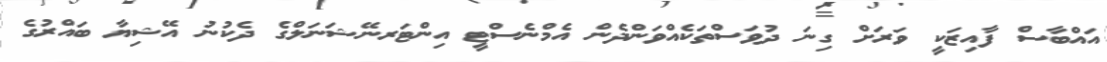
އައްބާސް ފާއިޒަކީ ވަރަށް ގިނަ ދުވަސްތަކެއްވަންދެން އެމްނެސްޓީ އިންޓަރނޭޝަނަލްގެ ދެކުނު އޭޝިޔާ ބައްރުގެ